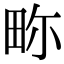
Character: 𤱏